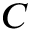
{ C }